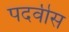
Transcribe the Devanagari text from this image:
पदवीस